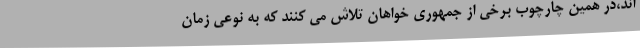
اند،در همین چارچوب برخی از جمهوری خواهان تلاش می کنند که به نوعی زمان